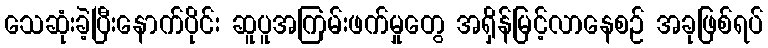
သေဆုံးခဲ့ပြီးနောက်ပိုင်း ဆူပူအကြမ်းဖက်မှုတွေ အရှိန်မြင့်လာနေစဉ် အခုဖြစ်ရပ်